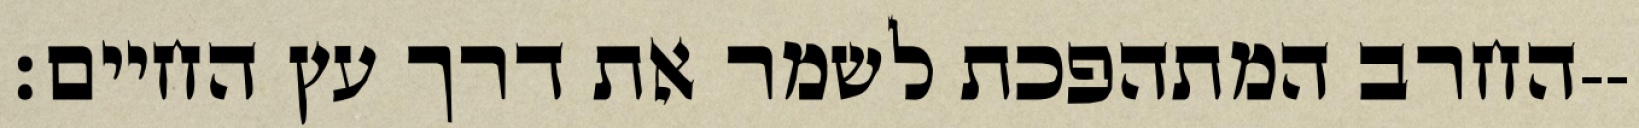
החרב המתהפכת לשמר את דרך עץ החיים׃--